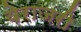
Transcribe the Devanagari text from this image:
येराजरी